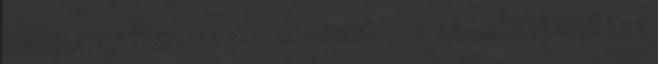
MATEMATIKA TAGOZAT 5-8. BEVEZETŐ. 5. évfolyam BEVEZETŐ Ez a